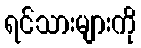
ရင်သားများကို